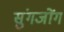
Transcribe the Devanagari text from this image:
सुंगजोंग